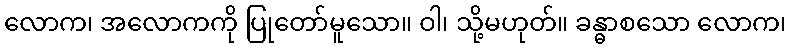
လောက၊ အလောကကို ပြုတော်မူသော။ ဝါ၊ သို့မဟုတ်။ ခန္ဓာစသော လောက၊